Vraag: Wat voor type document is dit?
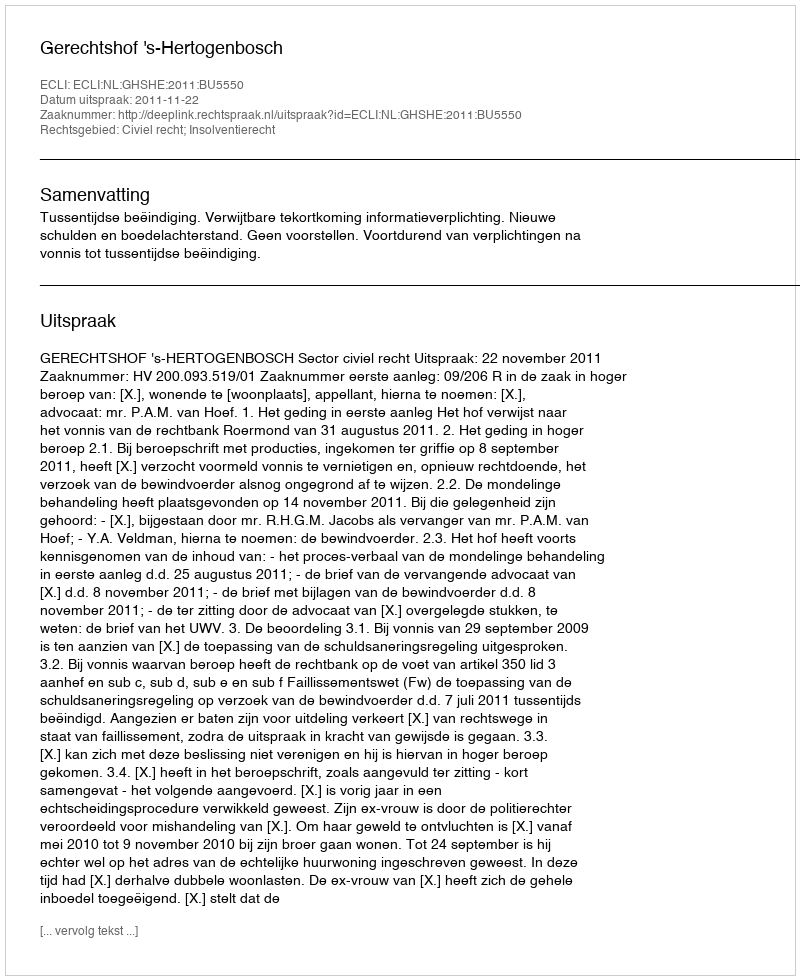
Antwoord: Uitspraak